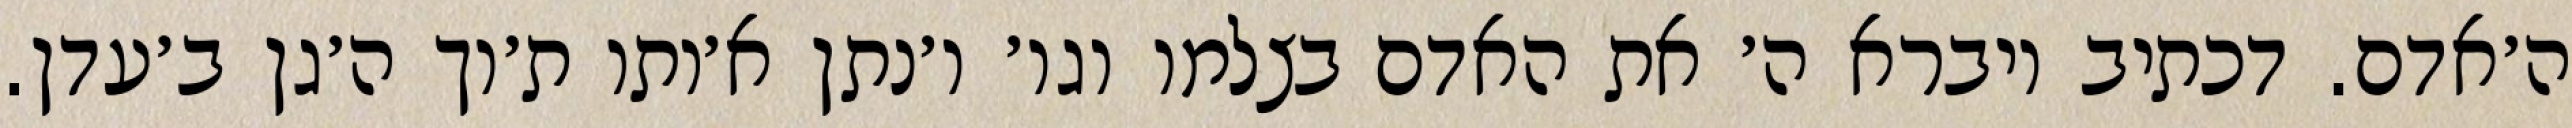
ה׳אדם. דכתיב ויברא ה׳ את האדם בצלמו וגו׳ ו׳נתן א׳ותו ת׳וך ה׳גן ב׳עדן.